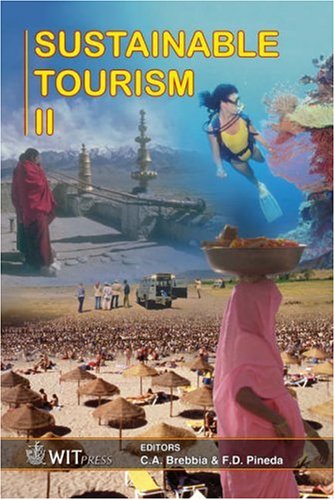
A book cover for Sustainable Tourism II; C. A. Brebbia; Business & Money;